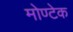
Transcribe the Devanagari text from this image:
मोण्टेक